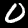
Digit: 0